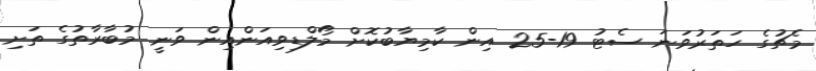
މެޗުގެ ހަތަރުވަނަ ސެޓު 19-25 އިން ކާމިޔާބުކޮށް މޯލްޑިވިއަންއިން ވަނީ މުބާރާތުގެ ތަށި